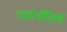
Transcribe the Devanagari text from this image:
एकॉनॉमिक्स